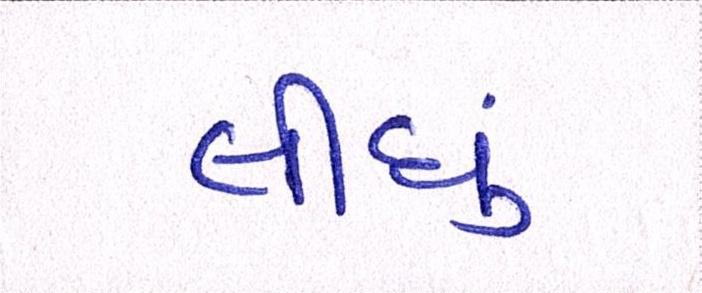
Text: લીઘું